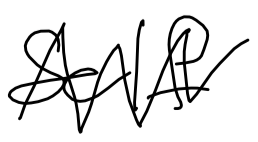
Text: Self
Cross-out: zig-zag
Writing tool: digital_black